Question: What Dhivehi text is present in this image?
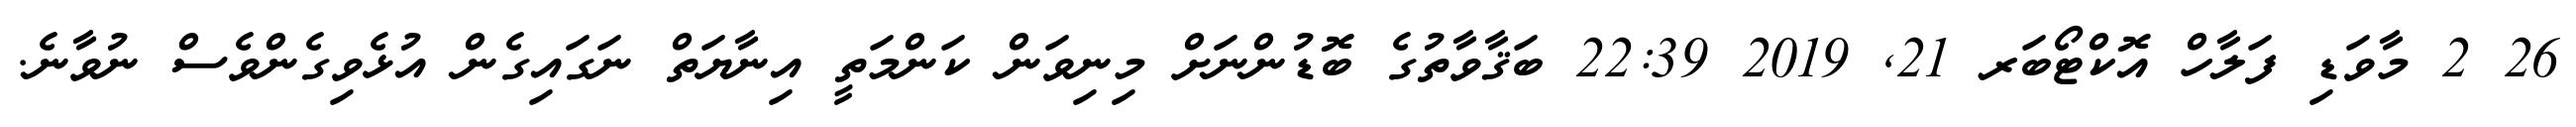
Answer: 26 2 މާވަޑި ފަލާހް އޮކްޓޯބަރ 21, 2019 22:39 ބަޤާވާތުގެ ބޮޑުންނަށް މިނިވަން ކަންމަތީ އިނާޔަތް ނަގައިގެން އުޅެވިގެންވެސް ނުވާނެ.